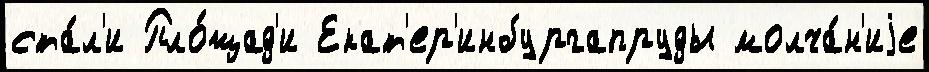
ста́л'и Пло́щад'и Екат'ер'инбургапруды молча́н'иjе